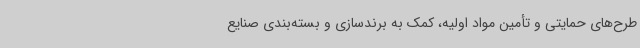
طرح‌های حمایتی و تأمین مواد اولیه، کمک به برندسازی و بسته‌بندی صنایع